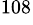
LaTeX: ^\mathrm{108}